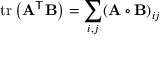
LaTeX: \operatorname { t r } \left( \mathbf { A } ^ { \mathsf { T } } \mathbf { B } \right) = \sum _ { i , j } ( \mathbf { A } \circ \mathbf { B } ) _ { i j }